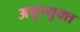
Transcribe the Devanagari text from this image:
अनुप्युक्त